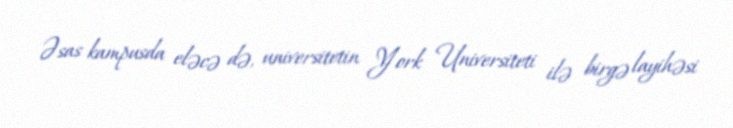
Əsas kampusda eləcə də, universitetin York Universiteti ilə birgə layihəsi